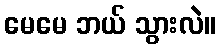
မေမေ ဘယ် သွားလဲ။